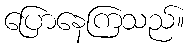
ပြောနေကြသည်။